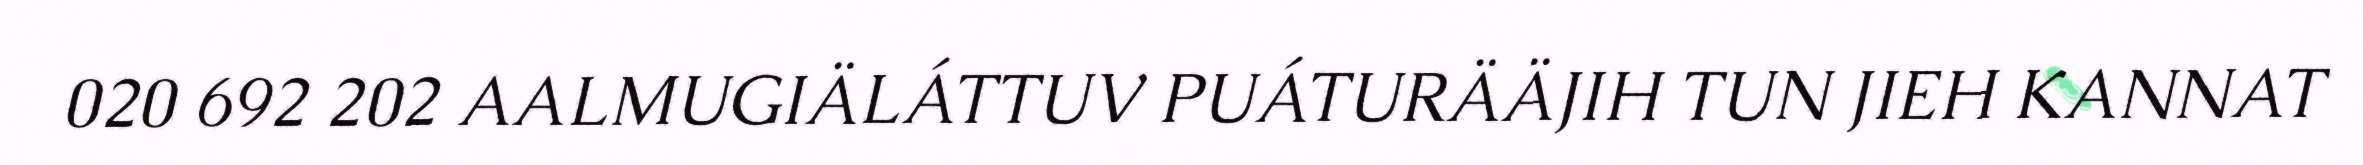
020 692 202 AALMUGIÄLÁTTUV PUÁTURÄÄJIH TUN JIEH KANNAT